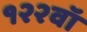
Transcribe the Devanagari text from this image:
१२२वॉ